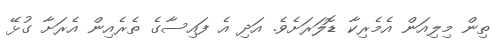
ތިން މިލިއަން އެމެރިކާ ޑޮލަރަށެވެ. އަދި އެ ފައިސާގެ ތެރެއިން އެރަށާ ގުޅޭ